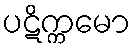
ပဋိက္ကမော